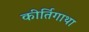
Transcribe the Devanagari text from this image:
कीर्तिगाथा